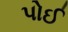
પોઈ